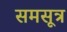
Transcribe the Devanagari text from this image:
समसूत्र